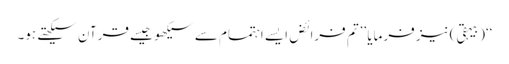
‘‘(بیہقی) نیز فرمایا ’’تم فرائض ایسے اہتمام سے سیکھو جیسے قرآن سیکھتے ہو۔